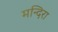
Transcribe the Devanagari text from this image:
मन्दिरा